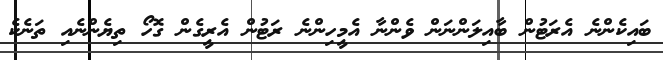
ބައިކެންނެ އެރަޓުން ބާއިލަންނަން ވެންނާ އެމީހިންނެ ރަޓުން އެރީގެން ގޮހޯ ތިޔެންނެއި ތަނެކެ